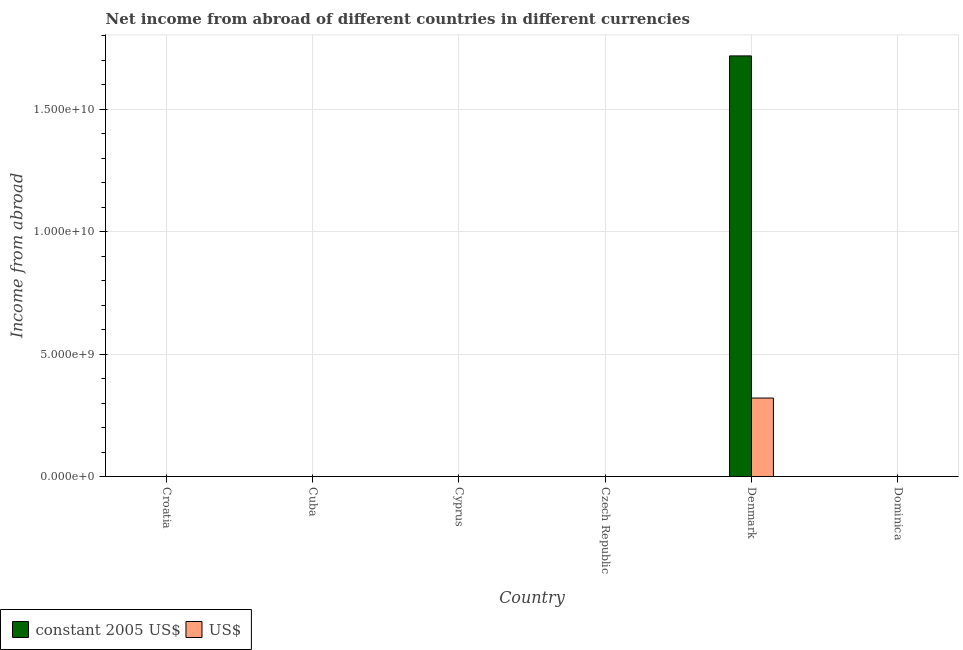
| Country | constant 2005 US$ | US$ |
 | --- | --- | --- |
 | Croatia | -1.06e+10 | -2.02e+09 |
 | Cuba | -1.64e+09 | -1.64e+09 |
 | Cyprus | -9.11e+08 | -1.27e+09 |
 | Czech Republic | -2.76e+11 | -1.45e+10 |
 | Denmark | 1.72e+10 | 3.21e+09 |
 | Dominica | -3.69e+07 | -1.37e+07 |